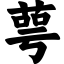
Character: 萼